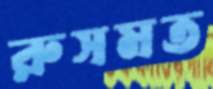
রুসমত